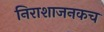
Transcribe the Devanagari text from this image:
निराशाजनकच